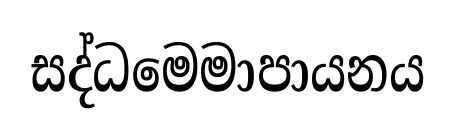
සද්ධමෙමාපායනය